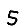
Digit: 5